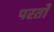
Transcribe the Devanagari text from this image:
परर्तो